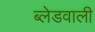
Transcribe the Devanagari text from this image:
ब्लेडवाली